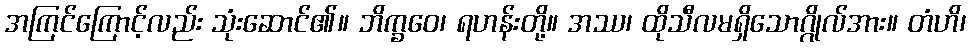
အကြင်ကြောင့်လည်း သုံးဆောင်၏။ ဘိက္ခဝေ၊ ရဟန်းတို့။ အဿ၊ ထိုသီလမရှိသောဂ္ဂိုလ်အား။ တံဟိ၊